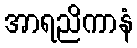
အာရညိကာနံ